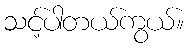
သင့်ပါတယ်ကွယ်။